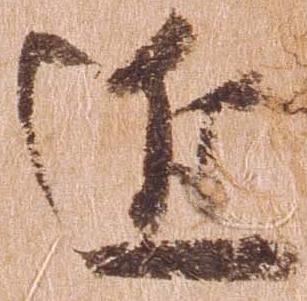
近